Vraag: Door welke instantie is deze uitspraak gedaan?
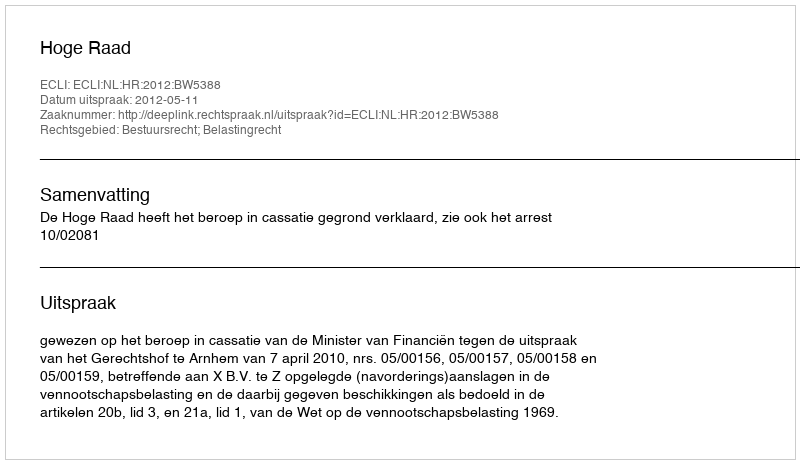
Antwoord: Hoge Raad